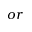
o r